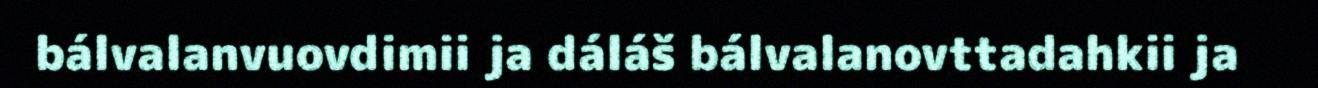
bálvalanvuovdimii ja dáláš bálvalanovttadahkii ja